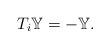
\begin{align*}T_i\mathbb{Y}=-\mathbb{Y}.\end{align*}